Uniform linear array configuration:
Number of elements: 64
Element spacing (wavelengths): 1
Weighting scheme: cosine
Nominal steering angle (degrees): -60
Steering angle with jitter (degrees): -60.797
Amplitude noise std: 0.05
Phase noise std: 0.05

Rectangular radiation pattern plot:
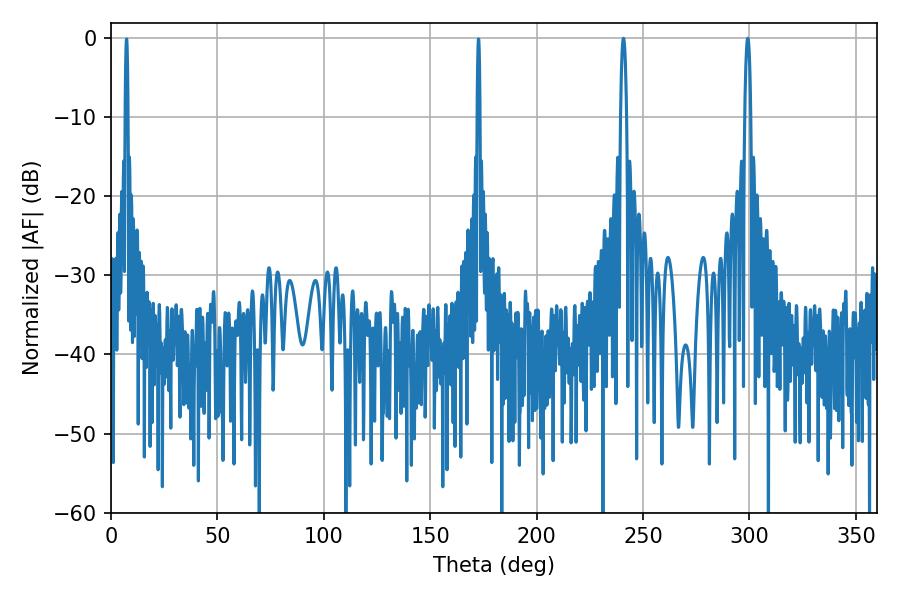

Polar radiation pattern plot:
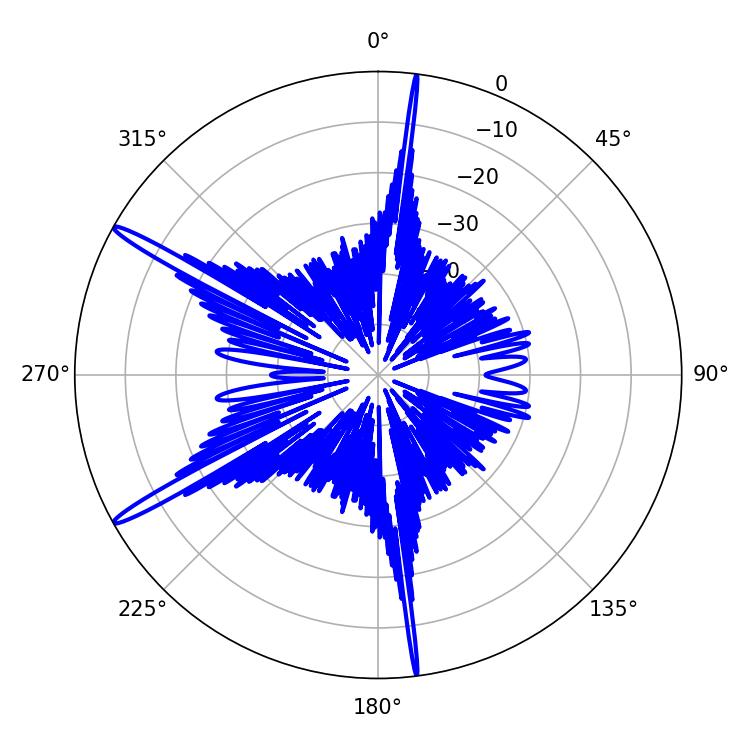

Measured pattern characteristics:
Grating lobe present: TRUE
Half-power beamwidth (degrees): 1.44
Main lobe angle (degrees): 299.16